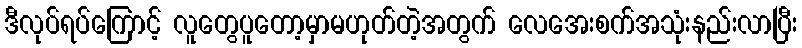
ဒီလုပ်ရပ်ကြောင့် လူတွေပူတော့မှာမဟုတ်တဲ့အတွက် လေအေးစက်အသုံးနည်းလာပြီး